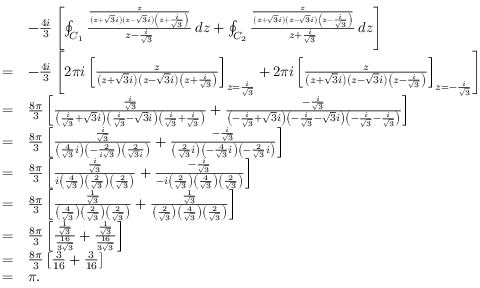
{ \begin{array} { r l } & { - { \frac { 4 i } { 3 } } \left[ \oint _ { C _ { 1 } } { \frac { \frac { z } { \left( z + { \sqrt { 3 } } i \right) \left( z - { \sqrt { 3 } } i \right) \left( z + { \frac { i } { \sqrt { 3 } } } \right) } } { z - { \frac { i } { \sqrt { 3 } } } } } \, d z + \oint _ { C _ { 2 } } { \frac { \frac { z } { \left( z + { \sqrt { 3 } } i \right) \left( z - { \sqrt { 3 } } i \right) \left( z - { \frac { i } { \sqrt { 3 } } } \right) } } { z + { \frac { i } { \sqrt { 3 } } } } } \, d z \right] } \\ { = } & { - { \frac { 4 i } { 3 } } \left[ 2 \pi i \left[ { \frac { z } { \left( z + { \sqrt { 3 } } i \right) \left( z - { \sqrt { 3 } } i \right) \left( z + { \frac { i } { \sqrt { 3 } } } \right) } } \right] _ { z = { \frac { i } { \sqrt { 3 } } } } + 2 \pi i \left[ { \frac { z } { \left( z + { \sqrt { 3 } } i \right) \left( z - { \sqrt { 3 } } i \right) \left( z - { \frac { i } { \sqrt { 3 } } } \right) } } \right] _ { z = - { \frac { i } { \sqrt { 3 } } } } \right] } \\ { = } & { { \frac { 8 \pi } { 3 } } \left[ { \frac { \frac { i } { \sqrt { 3 } } } { \left( { \frac { i } { \sqrt { 3 } } } + { \sqrt { 3 } } i \right) \left( { \frac { i } { \sqrt { 3 } } } - { \sqrt { 3 } } i \right) \left( { \frac { i } { \sqrt { 3 } } } + { \frac { i } { \sqrt { 3 } } } \right) } } + { \frac { - { \frac { i } { \sqrt { 3 } } } } { \left( - { \frac { i } { \sqrt { 3 } } } + { \sqrt { 3 } } i \right) \left( - { \frac { i } { \sqrt { 3 } } } - { \sqrt { 3 } } i \right) \left( - { \frac { i } { \sqrt { 3 } } } - { \frac { i } { \sqrt { 3 } } } \right) } } \right] } \\ { = } & { { \frac { 8 \pi } { 3 } } \left[ { \frac { \frac { i } { \sqrt { 3 } } } { \left( { \frac { 4 } { \sqrt { 3 } } } i \right) \left( - { \frac { 2 } { i { \sqrt { 3 } } } } \right) \left( { \frac { 2 } { { \sqrt { 3 } } i } } \right) } } + { \frac { - { \frac { i } { \sqrt { 3 } } } } { \left( { \frac { 2 } { \sqrt { 3 } } } i \right) \left( - { \frac { 4 } { \sqrt { 3 } } } i \right) \left( - { \frac { 2 } { \sqrt { 3 } } } i \right) } } \right] } \\ { = } & { { \frac { 8 \pi } { 3 } } \left[ { \frac { \frac { i } { \sqrt { 3 } } } { i \left( { \frac { 4 } { \sqrt { 3 } } } \right) \left( { \frac { 2 } { \sqrt { 3 } } } \right) \left( { \frac { 2 } { \sqrt { 3 } } } \right) } } + { \frac { - { \frac { i } { \sqrt { 3 } } } } { - i \left( { \frac { 2 } { \sqrt { 3 } } } \right) \left( { \frac { 4 } { \sqrt { 3 } } } \right) \left( { \frac { 2 } { \sqrt { 3 } } } \right) } } \right] } \\ { = } & { { \frac { 8 \pi } { 3 } } \left[ { \frac { \frac { 1 } { \sqrt { 3 } } } { \left( { \frac { 4 } { \sqrt { 3 } } } \right) \left( { \frac { 2 } { \sqrt { 3 } } } \right) \left( { \frac { 2 } { \sqrt { 3 } } } \right) } } + { \frac { \frac { 1 } { \sqrt { 3 } } } { \left( { \frac { 2 } { \sqrt { 3 } } } \right) \left( { \frac { 4 } { \sqrt { 3 } } } \right) \left( { \frac { 2 } { \sqrt { 3 } } } \right) } } \right] } \\ { = } & { { \frac { 8 \pi } { 3 } } \left[ { \frac { \frac { 1 } { \sqrt { 3 } } } { \frac { 1 6 } { 3 { \sqrt { 3 } } } } } + { \frac { \frac { 1 } { \sqrt { 3 } } } { \frac { 1 6 } { 3 { \sqrt { 3 } } } } } \right] } \\ { = } & { { \frac { 8 \pi } { 3 } } \left[ { \frac { 3 } { 1 6 } } + { \frac { 3 } { 1 6 } } \right] } \\ { = } & { \pi . } \end{array} }